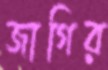
জাগির